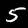
Label: 5